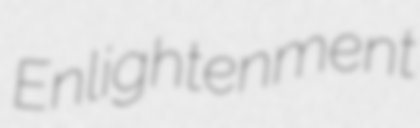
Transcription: Enlightenment